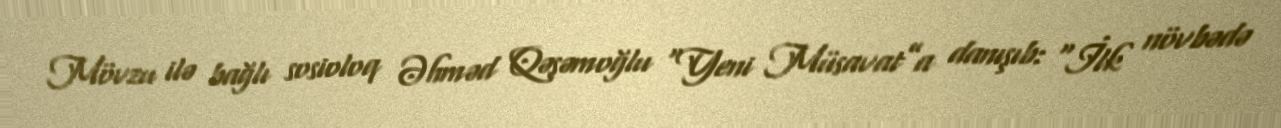
Mövzu ilə bağlı sosioloq Əhməd Qəşəmoğlu “Yeni Müsavat”a danışıb: “İlk növbədə